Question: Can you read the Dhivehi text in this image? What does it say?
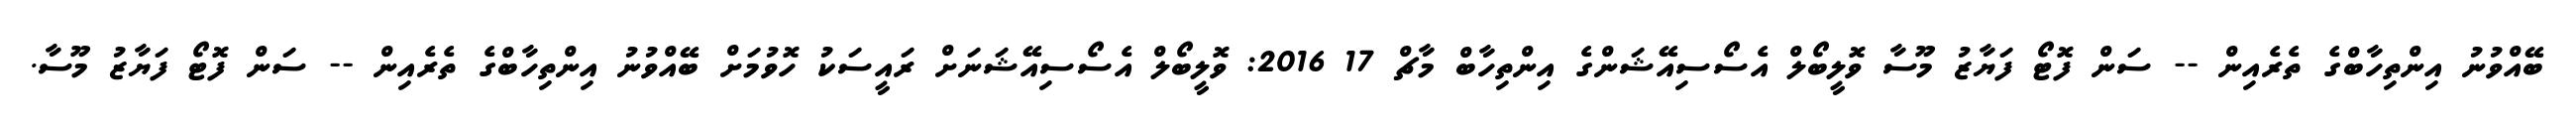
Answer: ބޭއްވުނު އިންތިހާބްގެ ތެރެއިން -- ސަން ފޮޓޯ ފަޔާޒު މޫސާ ވޮލީބޯލް އެސޯސިއޭޝަންގެ އިންތިހާބް މާޗް 17 2016: ވޮލީބޯލް އެސޯސިއޭޝަނަށް ރައީސަކު ހޮވުމަށް ބޭއްވުނު އިންތިހާބްގެ ތެރެއިން -- ސަން ފޮޓޯ ފަޔާޒު މޫސާ.